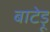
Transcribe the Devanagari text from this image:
बाटेड़ू